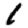
Digit: 1